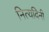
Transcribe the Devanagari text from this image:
नित्यदिनी